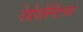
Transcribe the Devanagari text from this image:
रेप्रेज़ेन्टिव्स